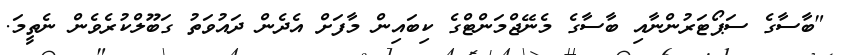
"ބާސާގެ ސަޕޯޓަރުންނާއި ބާސާގެ މެނޭޖްމަންޓްގެ ކިބައިން މާފަށް އެދެން ދައުވަތު ގަބޫލްކުރެވެން ނެތީމަ.